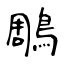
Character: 鵰